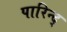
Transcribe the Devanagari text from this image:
पारिन्द्